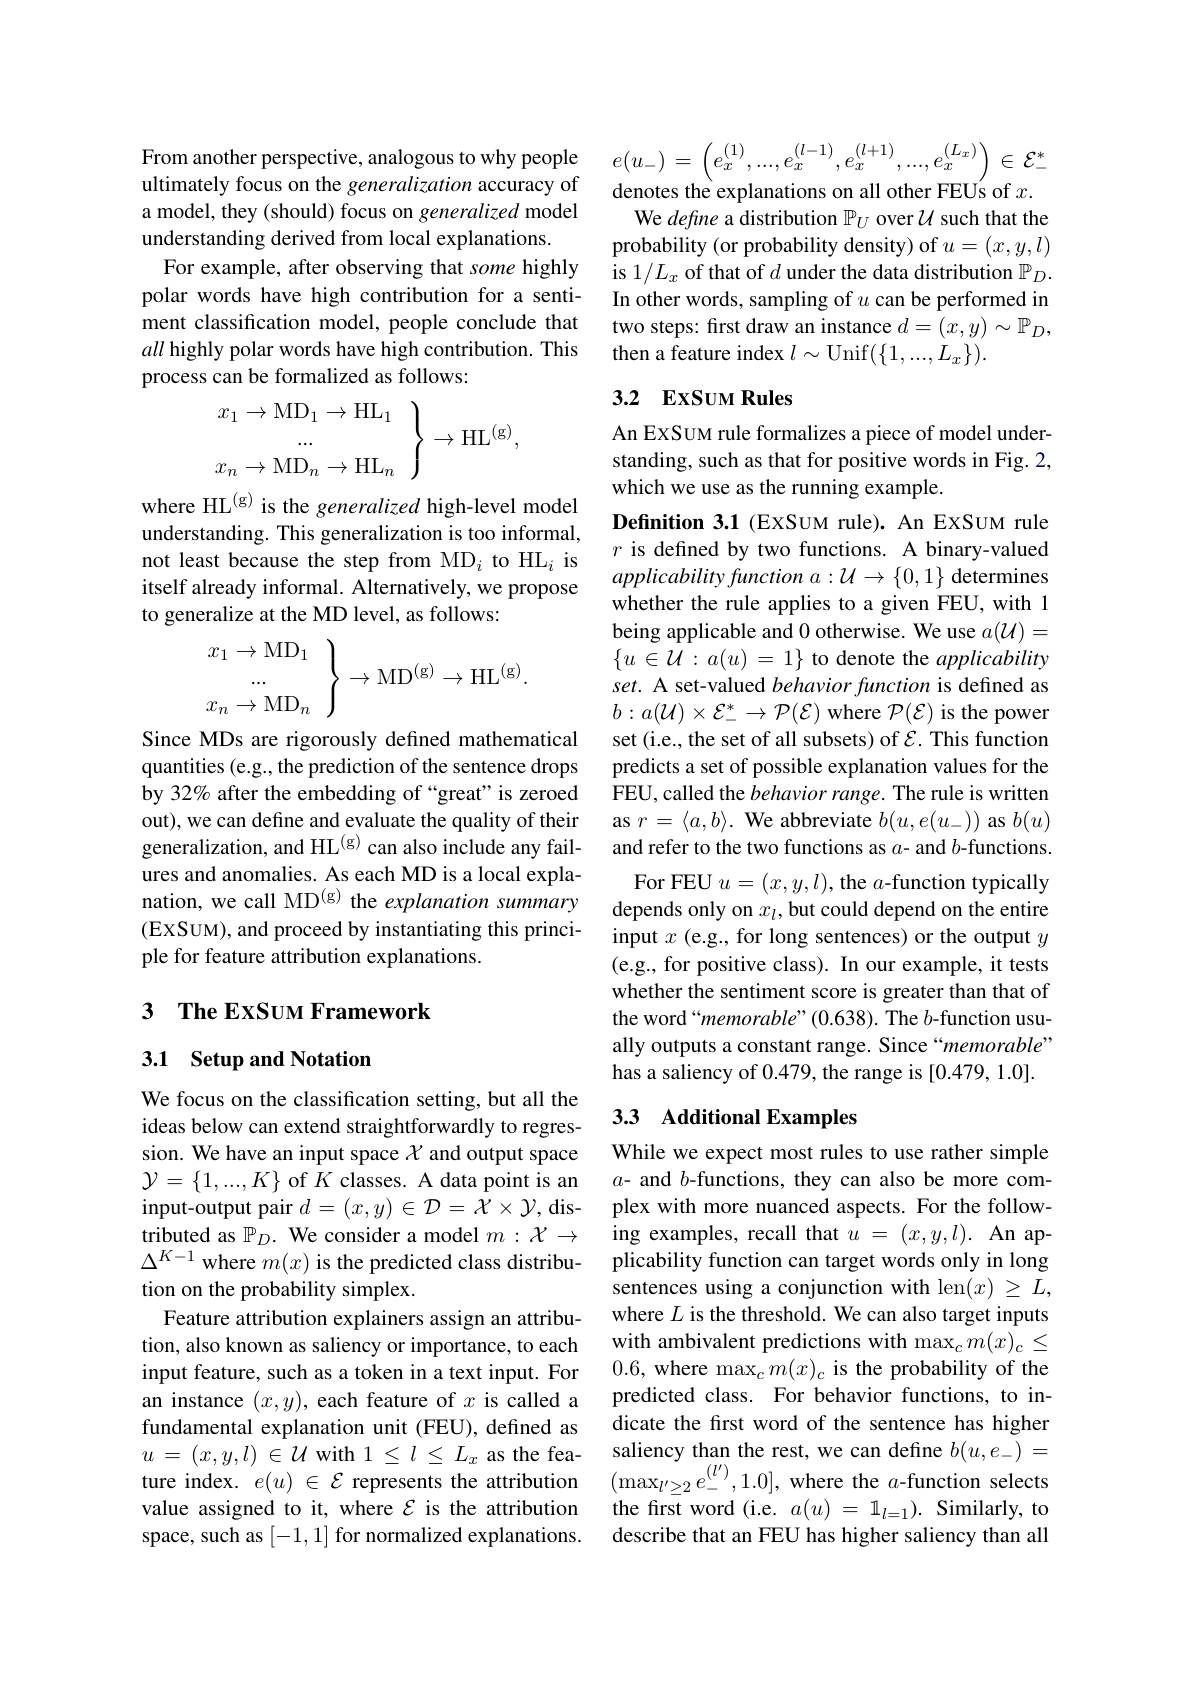
ultimately focus on the generalization accuracy of a model, they (should) focus on generalized model understanding derived from local explanations.
For example, after observing that some highly polar words have high contribution for a sentiment classification model, people conclude that all highly polar words have high contribution. This process can be formalized as follows:
$$\left.\begin{matrix}x_1\to\mathrm{MD}_1\to\mathrm{HL}_1\\...\\x_n\to\mathrm{MD}_n\to\mathrm{HL}_n\end{matrix}\right\}\to\mathrm{HL}^{(\mathrm{g})},$$
where HL$^{(\mathrm{g})}$ is the generalized high-level model understanding. This generalization is too informal, not least because the step from MD$_i$ to HL$_i$ is itself already informal. Alternatively, we propose to generalize at the MD level, as follows:
$$\left.\begin{array}{c}x_1\to\mathrm{MD}_1\\...\\x_n\to\mathrm{MD}_n\end{array}\right\}\to\mathrm{MD}^{(\mathrm{g})}\to\mathrm{HL}^{(\mathrm{g})}.$$
Since MDs are rigorously defined mathematical quantities (e.g., the prediction of the sentence drops by 32% after the embedding of “great”is zeroed out), we can define and evaluate the quality of their generalization, and HL$^{(\mathrm{g})}$ can also include any failures and anomalies. As each MD is a local explanation, we call MD$^{(\mathrm{g})}$ the explanation summary (EXSUM), and proceed by instantiating this principle for feature attribution explanations.

## 3 The ExSuм Framework

## 3.1 Setup and Notation

We focus on the classification setting, but all the ideas below can extend straightforwardly to regression. We have an input space $\chi$ and output space $\mathcal{Y}=\{1,...,K\}$ of $K$ classes. A data point is an input-output pair $d=(x,y)\in\mathcal{D}=\mathcal{X}\times\mathcal{Y}$,distributed as $\mathbb{P}_D.$ We consider a model $m:\mathcal{X}\to$ $\Delta^{K-1}$ where $m(x)$ is the predicted class distribution on the probability simplex.
Feature attribution explainers assign an attribution, also known as saliency or importance, to each input feature, such as a token in a text input. For an instance $(x,y)$, each feature of $x$ is called a fundamental explanation unit (FEU), defined as $u=(x,y,l)\in\mathcal{U}$with $1\leq l\leq L_x$ as the fea- $u-(x,y,l)\in\mathcal{U}$ whli $1\leq\iota\leq L_x$ as the lea- attribution $\mathrm{( max}_{l^{\prime }\geq 2}e_{- }^{( l^{\prime }) }, 1. 0] $, where the $a$-function selects ture inde $e$ represents the attribution $\mathrm{( max}_{l^{\prime }\geq 2}e_{- }^{( l^{\prime }) }, 1. 0] $, where the $a$-function selects tolua a
value assigned to it, where $\mathcal{E}$ is the attribution space, such as [-1,1] for normalized explanations.

From another perspective, analogous to why people $e(u_-)=\left(e_x^{(1)},...,e_x^{(l-1)},e_x^{(l+1)},...,e_x^{(L_x)}\right)\in\mathcal{E}_-^*$

denotes the explanations on all other FEUs of $x.$
We define a distribution $\mathbb{P}_U$ over $\mathcal{U}$ such that the probability (or probability density) of $u=(x,y,l)$ is 1/Lx of that of $d$ under the data distribution $\mathbb P_D.$ In other words, sampling of $u$ can be performed in two steps: first draw an instance $d=(x,y)\sim\mathbb{P}_D$, then a feature index $l\sim$Unif$(\{1,...,L_x\}).$

## 3.2 ExSUM Rules

An EXSUM rule formalizes a piece of model understanding, such as that for positive words in Fig. 2, which we use as the running example.
Defnition 3.1 (EXSUM rule). An EXSUM rule $r$ is defined by two functions. A binary-valued $applicabilityfunctiona:\mathcal{U}\to\{0,1\}$ determines whether the rule applies to a given FEU, with 1 being applicable and 0 otherwise. We use $a(\mathcal{U})=$ $\{u\in\mathcal{U}:a(u)=1\}$ to denote the applicability set. A set-valued behavior function is defined as $b:a(\mathcal{U})\times\mathcal{E}_-^*\to\mathcal{P}(\mathcal{E})$ where $\mathcal{P}(\mathcal{E})$ is the power set (i.e., the set of all subsets) of $\mathcal{E}.$ This function predicts a set of possible explanation values for the FEU, called the behavior range. The rule is written as $r=\langle a,b\rangle.$ We abbreviate $b(u,e(u_-))$ as $b(u)$ and refer to the two functions as $a$- and $b$-functions.
For FEU $u=(x,y,l)$, the $a$-function typically depends only on $x_l$,but could depend on the entire input $x$ (e.g., for long sentences) or the output $y$ (e.g., for positive class). In our example, it tests whether the sentiment score is greater than that of the word“memorable”(0.638). The b-function usually outputs a constant range. Since“memorable” has a saliency of 0.479, the range is [0.479,1.0].

## 3.3 Additional Examples

While we expect most rules to use rather simple $a$- and $b$-functions, they can also be more complex with more nuanced aspects. For the following examples, recall that $u=(x,y,l).$ An applicability function can target words only in long sentences using a conjunction with len$(x)\geq L$, where $L$ is the threshold. We can also target inputs with ambivalent predictions with $\max_cm(x)_c\leq$ 0.6,where $\max_cm(x)_c$ is the probability of the predicted class. For behavior functions, to indicate the frst word of the sentence has higher saliency than the rest, we can define $b(u,e_-)=$ the first word (i.e. $a(u)=1_l=1).$ Similarly, to describe that an FEU has higher saliency than all